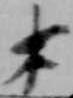
木